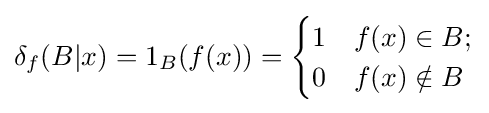
\delta _{f}(B|x)=1_{B}(f(x))={\begin{cases}1&f(x)\in B;\\0&f(x)\notin B\end{cases}}